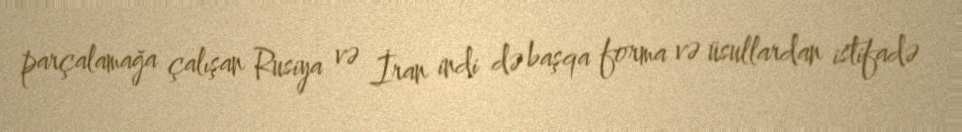
parçalamağa çalışan Rusiya və İran indi də başqa forma və üsullardan istifadə